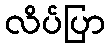
လိပ်ပြာ